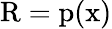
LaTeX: {\mathrm{R}}={\mathrm{p(x)}}